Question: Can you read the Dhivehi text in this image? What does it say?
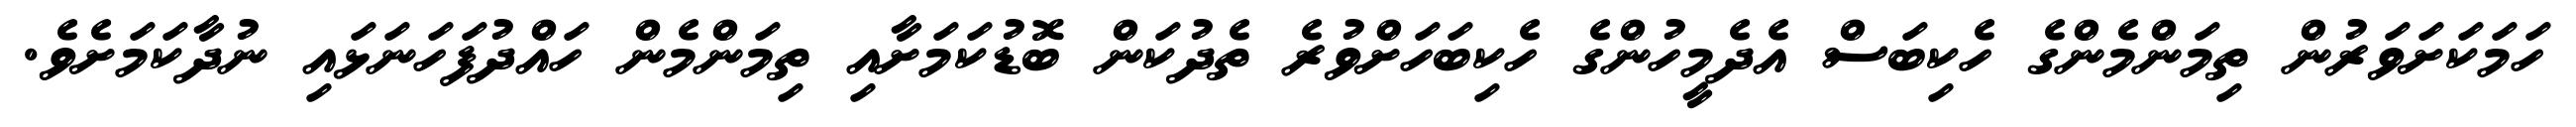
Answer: ހަމަކަށަވަރުން ތިމަންމެންގެ ހެކިބަސް އެދެމީހުންގެ ހެކިބަހަށްވުރެ ތެދުކަން ބޮޑުކަމަށާއި ތިމަންމެން ހައްދުފަހަނަޅައި ނުދާކަމަށެވެ.